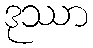
ဒုဿာ